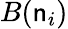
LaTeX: B(\mathsf{n}_{i})